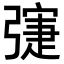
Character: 𢐛